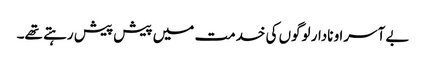
بے آسرا و نادار لوگوں کی خدمت میں پیش پیش رہتے تھے۔